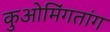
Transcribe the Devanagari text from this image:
कुओमिंगतांग